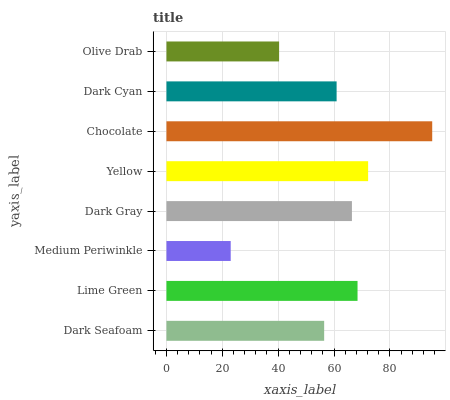
| yaxis_label | bars |
 | --- | --- |
 | Dark Seafoam | 56.5 |
 | Lime Green | 68.4 |
 | Medium Periwinkle | 23 |
 | Dark Gray | 66.4 |
 | Yellow | 72.2 |
 | Chocolate | 95.2 |
 | Dark Cyan | 60.9 |
 | Olive Drab | 40.3 |